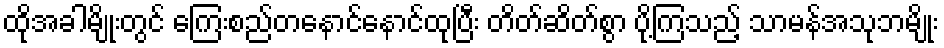
ထိုအခါမျိုးတွင် ကြေးစည်တနောင်နောင်ထုပြီး တိတ်ဆိတ်စွာ ပို့ကြသည့် သာမန်အသုဘမျိုး